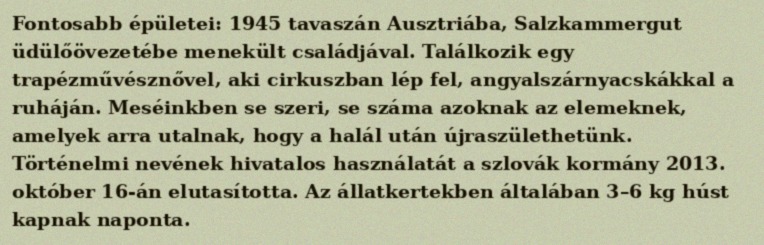
Fontosabb épületei: 1945 tavaszán Ausztriába, Salzkammergut üdülőövezetébe menekült családjával. Találkozik egy trapézművésznővel, aki cirkuszban lép fel, angyalszárnyacskákkal a ruháján. Meséinkben se szeri, se száma azoknak az elemeknek, amelyek arra utalnak, hogy a halál után újraszülethetünk. Történelmi nevének hivatalos használatát a szlovák kormány 2013. október 16-án elutasította. Az állatkertekben általában 3–6 kg húst kapnak naponta.